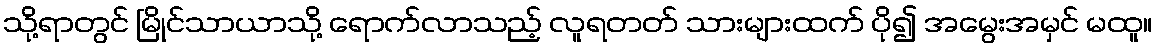
သို့ရာတွင် မြိုင်သာယာသို့ ရောက်လာသည့် လူရတတ် သားများထက် ပို၍ အမွေးအမှင် မထူ။